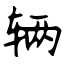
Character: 辆